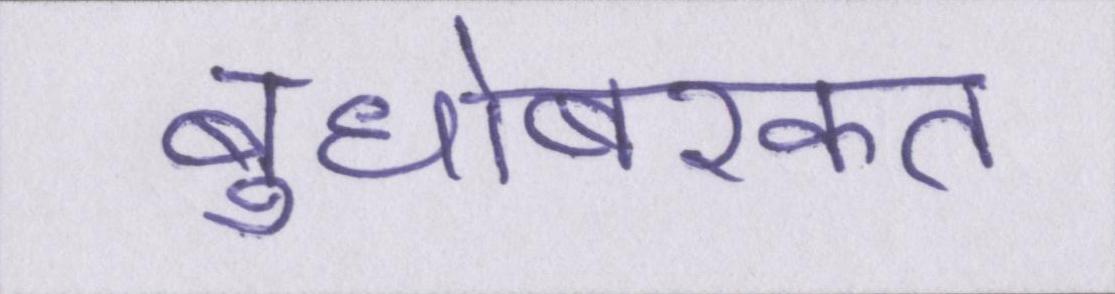
बुधोबरकत